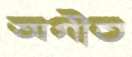
অগীত